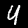
Digit: 4